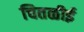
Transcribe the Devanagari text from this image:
चितळीई